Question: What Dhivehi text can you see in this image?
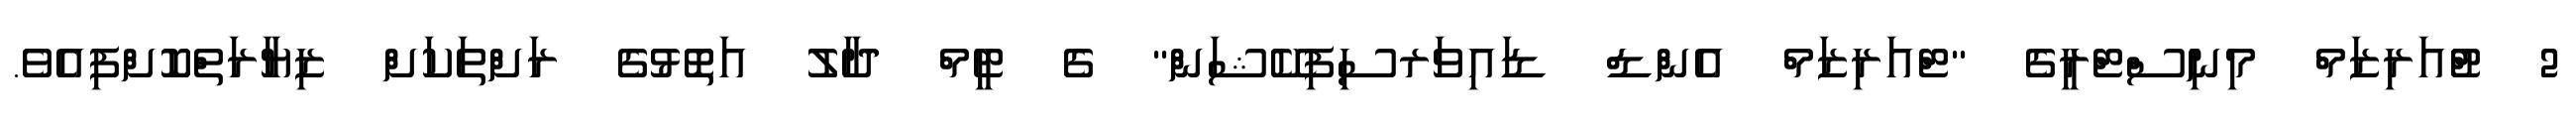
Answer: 2 ޓްުއަރިޒަމް މިނިސްޓްރީގެ "ޓްއަރިޒަމް އެންޑް ޑައިވަރސިފިކޭޝަން" ގެ ޓީމް ދާލު އަތޮޅުގެ ރަށްތަކަށް ޒިޔާރަތްކޮށްފިއެވެ.